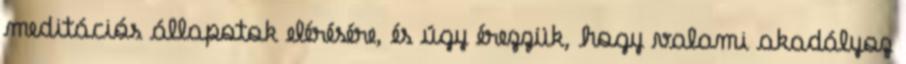
meditációs állapotok elérésére, és úgy érezzük, hogy valami akadályoz